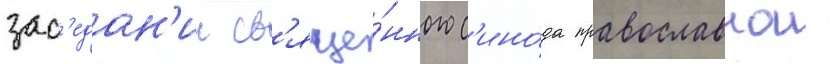
зас'едан'ии св'яще́нного с'ино́да православнои